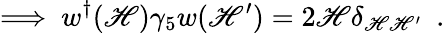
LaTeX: \Longrightarrow~w^{\dagger}(\mathscr{H})\gamma_{5}w(\mathscr{H}^{\prime})=2\mathscr{H}\delta_{\mathscr{H}\mathscr{H}^{\prime}}~~.